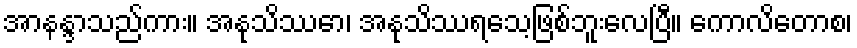
အာနန္ဒာသည်ကား။ အနုသိဿော၊ အနုသိဿရသေ့ဖြစ်ဘူးလေပြီ။ ကောလိတောစ၊